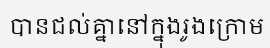
បានជល់គ្នានៅក្នុងរូងក្រោម